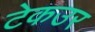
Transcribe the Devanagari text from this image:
टेकउर